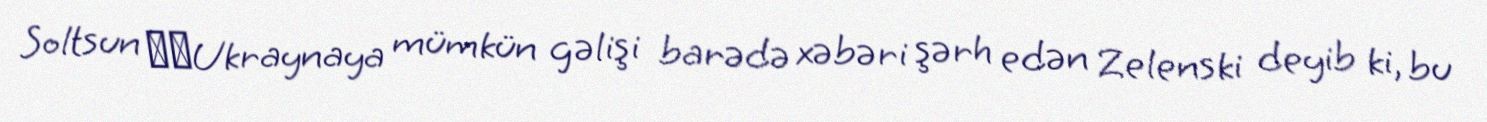
Soltsun ​​Ukraynaya mümkün gəlişi barədə xəbəri şərh edən Zelenski deyib ki, bu